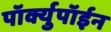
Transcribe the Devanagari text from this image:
पॉर्क्युपॉईन